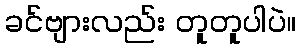
ခင်ဗျားလည်း တူတူပါပဲ။